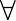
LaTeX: \forall